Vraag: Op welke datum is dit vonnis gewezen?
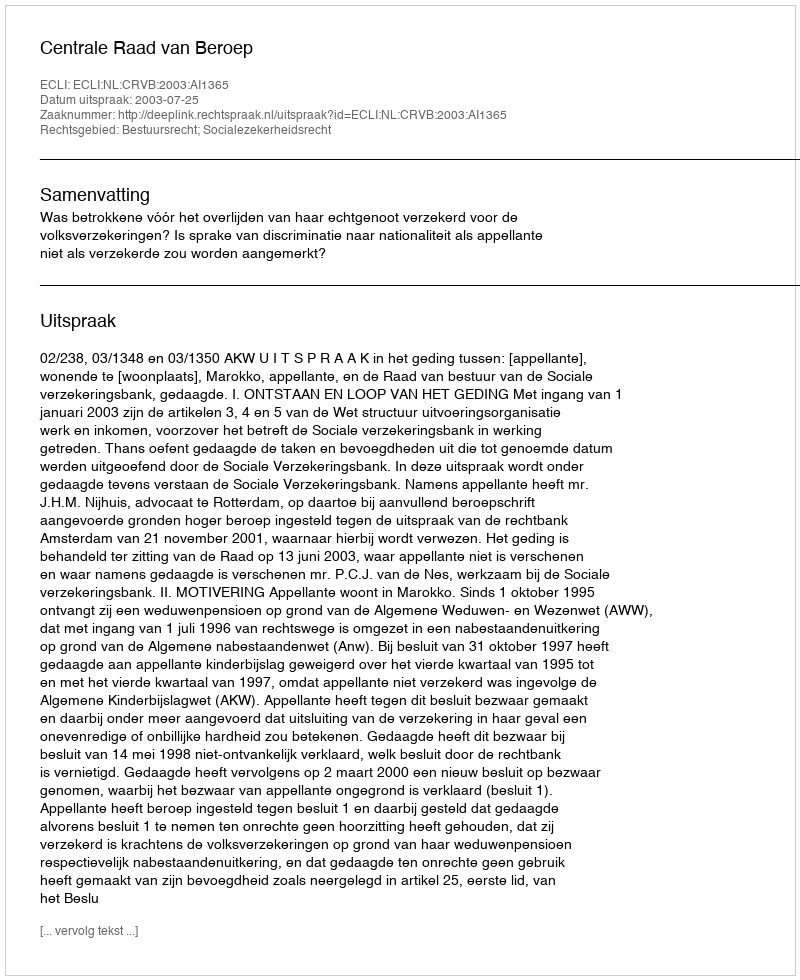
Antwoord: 2003-07-25